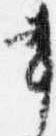
書